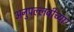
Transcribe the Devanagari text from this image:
अनुपल्लवीच्या